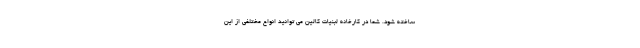
ساخته شود. شما در کارخانه لبنیات کالین می توانید انواع مختلفی از این